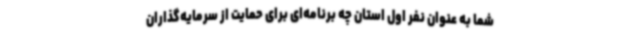
شما به عنوان نفر اول استان چه برنامه‌ای برای حمایت از سرمایه‌گذاران